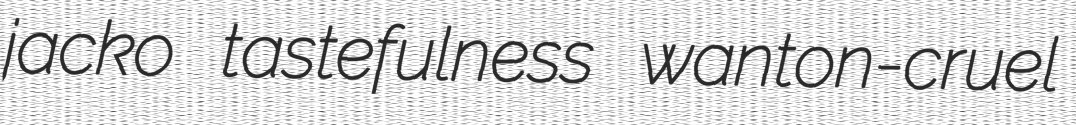
jacko tastefulness wanton-cruel